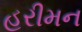
હરીમન